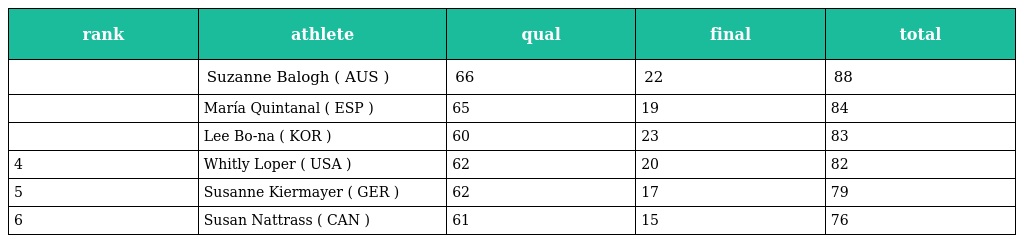
| rank | athlete | qual | final | total |
 | --- | --- | --- | --- | --- |
 |  | Suzanne Balogh ( AUS ) | 66 | 22 | 88 |
 |  | María Quintanal ( ESP ) | 65 | 19 | 84 |
 |  | Lee Bo-na ( KOR ) | 60 | 23 | 83 |
 | 4 | Whitly Loper ( USA ) | 62 | 20 | 82 |
 | 5 | Susanne Kiermayer ( GER ) | 62 | 17 | 79 |
 | 6 | Susan Nattrass ( CAN ) | 61 | 15 | 76 |